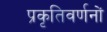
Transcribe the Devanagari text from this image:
प्रकृतिवर्णनों